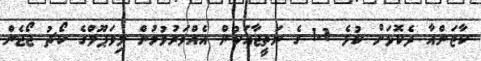
ކާޒަންއާ ދެކޮޅަށް ކުޅެ 1-1 ގެ ނަތީޖާއަކުން އެއްވަރުވުމުން ލިވަޕޫލްގެ ކޯޗު ޖޯޖެން